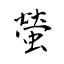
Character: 螢